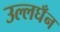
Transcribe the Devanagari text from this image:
उल्लघँन